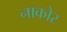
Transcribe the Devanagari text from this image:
नाकोर